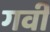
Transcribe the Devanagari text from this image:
गवी